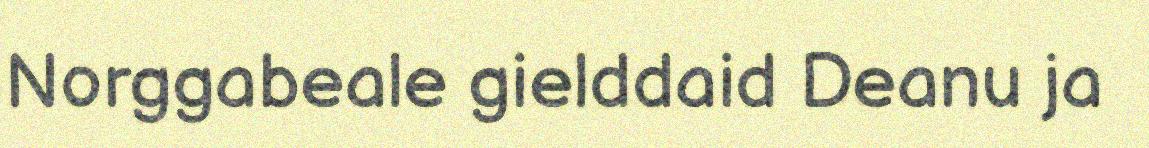
Norggabeale gielddaid Deanu ja